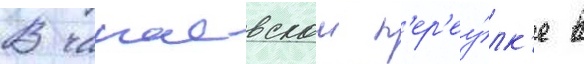
В чапаевском п'ер'еу́лк'е в